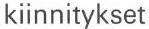
kiinnitykset